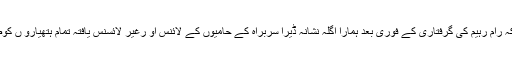
انہوں نے کہاکہ رام رہیم کی گرفتاری کے فوری بعد ہمارا اگلہ نشانہ ڈیرا سربراہ کے حامیوں کے لائنس او رغیر لائسنس یافتہ تمام ہتھیارو ں کوضبط کرنا تھا۔